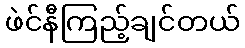
ဖဲင်နီကြည့်ချင်တယ်